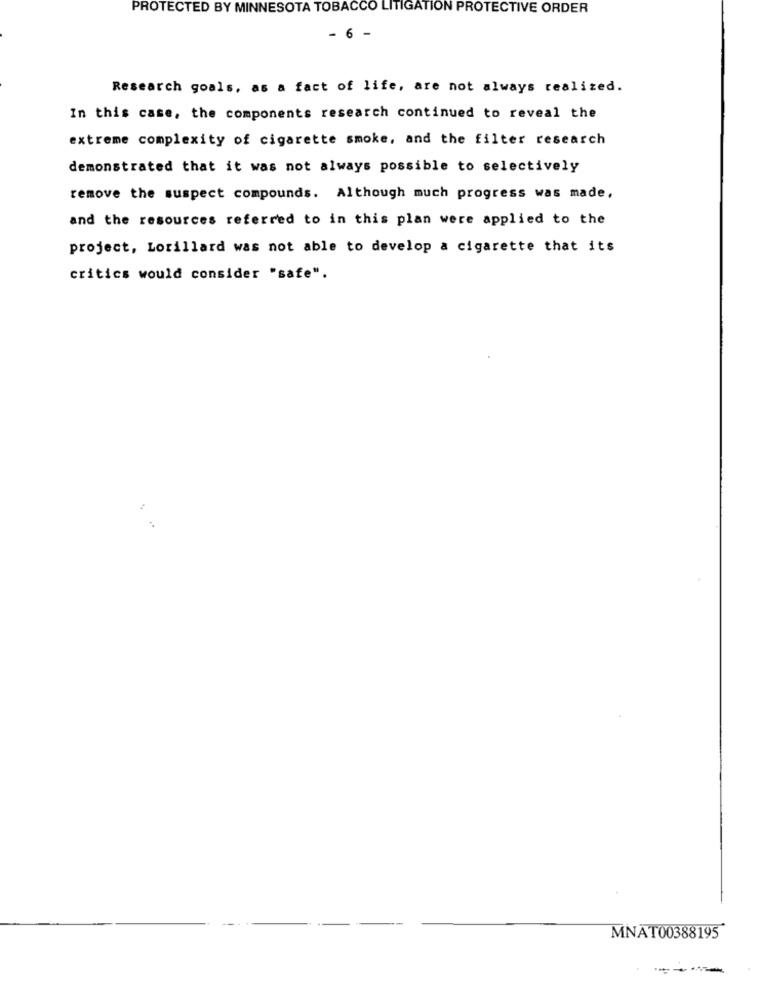
PROTECTED BY MINNESOTA TOBACCO LITIGATION PROTECTIVE ORDER
- 6 -
Research goals, as a fact of life, are not always realized.
In this case, the components research continued to reveal the
extreme complexity of cigarette smoke, and the filter research
demonstrated that it was not always possible to selectively
remove the suspect compounds. Although much progress was made,
and the resources referred to in this plan were applied to the
project, Lorillard was not able to develop a cigarette that its
critics would consider "safe".
..
MNAT00388195